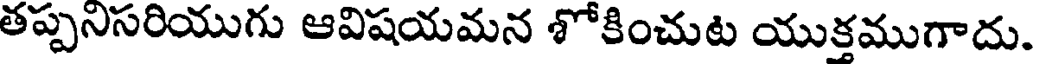
తప్పనిసరియుగు ఆవిషయమన శోకించుట యుక్తముగాదు.